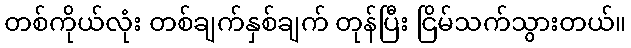
တစ်ကိုယ်လုံး တစ်ချက်နှစ်ချက် တုန်ပြီး ငြိမ်သက်သွားတယ်။